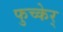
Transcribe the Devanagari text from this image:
फुच्केर्